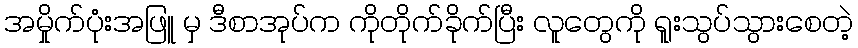
အမှိုက်ပုံးအဖြူ မှ ဒီစာအုပ်က ကိုတိုက်ခိုက်ပြီး လူတွေကို ရူးသွပ်သွားစေတဲ့